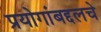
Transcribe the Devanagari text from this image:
प्रयोगांबद्दलचे